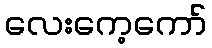
လေးကေ့ကော်